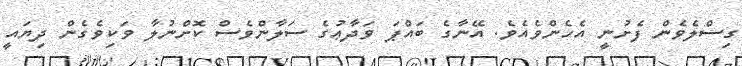
ގިސްލެވެން ފެށުނީ އެެހެންވެއެވެ. އޭނާގެ ބައްޕަ ވަދާޢުގެ ސަލާންވެސް ކޮށްނުލާ ވަކިވެގެން ދިޔައީ